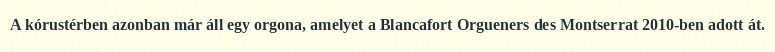
A kórustérben azonban már áll egy orgona, amelyet a Blancafort Orgueners des Montserrat 2010-ben adott át.